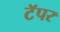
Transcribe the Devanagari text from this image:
टॅपर